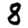
Digit: 8